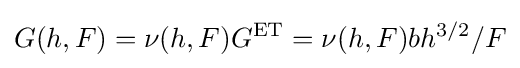
G(h,F)=\nu (h,F)G^{\mathrm {ET} }=\nu (h,F)bh^{3/2}/F